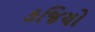
કજિયો